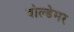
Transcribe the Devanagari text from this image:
वोल्डेमर